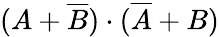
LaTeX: (A+{\overline{{B}}})\cdot({\overline{{A}}}+B)